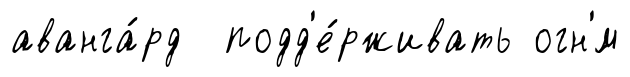
аванга́рд подд'е́рживать огн'́м